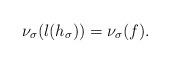
LaTeX: \begin{align*}\nu_\sigma(l(h_\sigma))=\nu_\sigma(f).\end{align*}